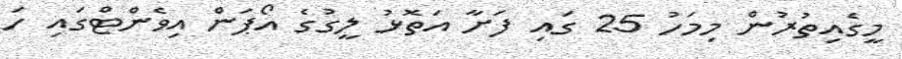
މީގެއިތުރުން މިމަހު 25 ގައި ފަށާ އަތޮޅު ލީގުގެ އޯޕަން އިވެންޓްގައި ހަ